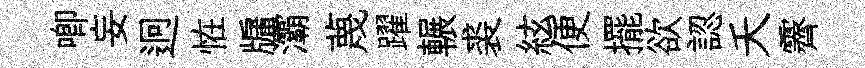
唧妄迥恠牖灞蔑躍輾裘絃便擺欲認夭霽